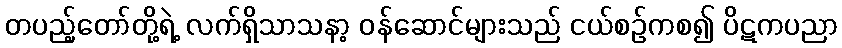
တပည့်တော်တို့ရဲ့ လက်ရှိသာသနာ့ ဝန်ဆောင်များသည် ငယ်စဉ်ကစ၍ ပိဋကပညာ